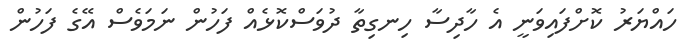
ހައްޔަރު ކޮށްފައިވަނީ އެ ހާދިސާ ހިނގިތާ ދުވަސްކޮޅެއް ފަހުން ނަމަވެސް އޭގެ ފަހުން